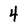
Character: 4